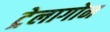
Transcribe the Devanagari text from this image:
ट्रेलागोन